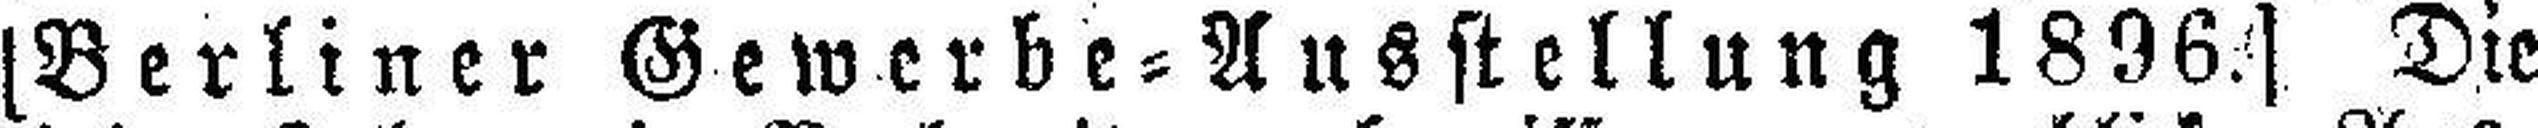
(Berliner Gewerbe=Ausstellung 1896.] Die